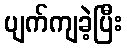
ပျက်ကျခဲ့ပြီး